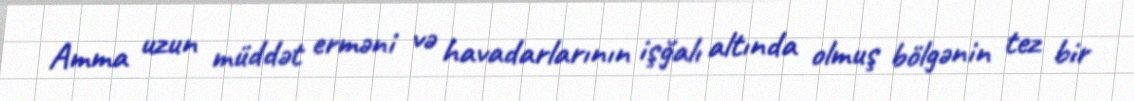
Amma uzun müddət erməni və havadarlarının işğalı altında olmuş bölgənin tez bir